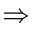
\Rightarrow { }